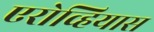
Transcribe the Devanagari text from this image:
एरोव्हियास